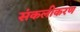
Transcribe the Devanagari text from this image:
संकलीकरण